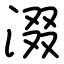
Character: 涰